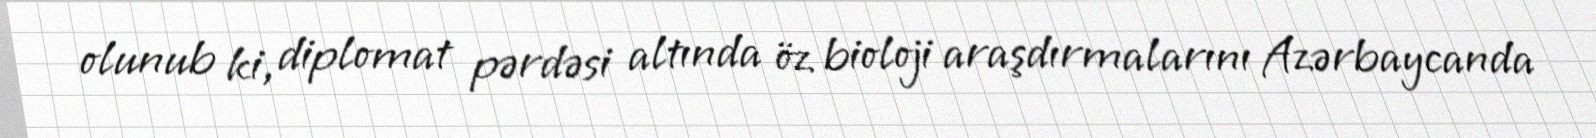
olunub ki, diplomat pərdəsi altında öz bioloji araşdırmalarını Azərbaycanda